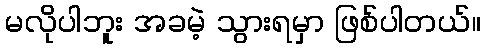
မလိုပါဘူး အခမဲ့ သွားရမှာ ဖြစ်ပါတယ်။